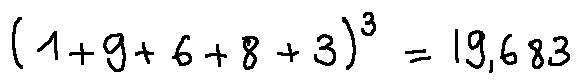
( 1 + 9 + 6 + 8 + 3 ) ^ { 3 } = 1 9 , 6 8 3